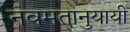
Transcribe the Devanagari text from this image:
नवमतानुयायी